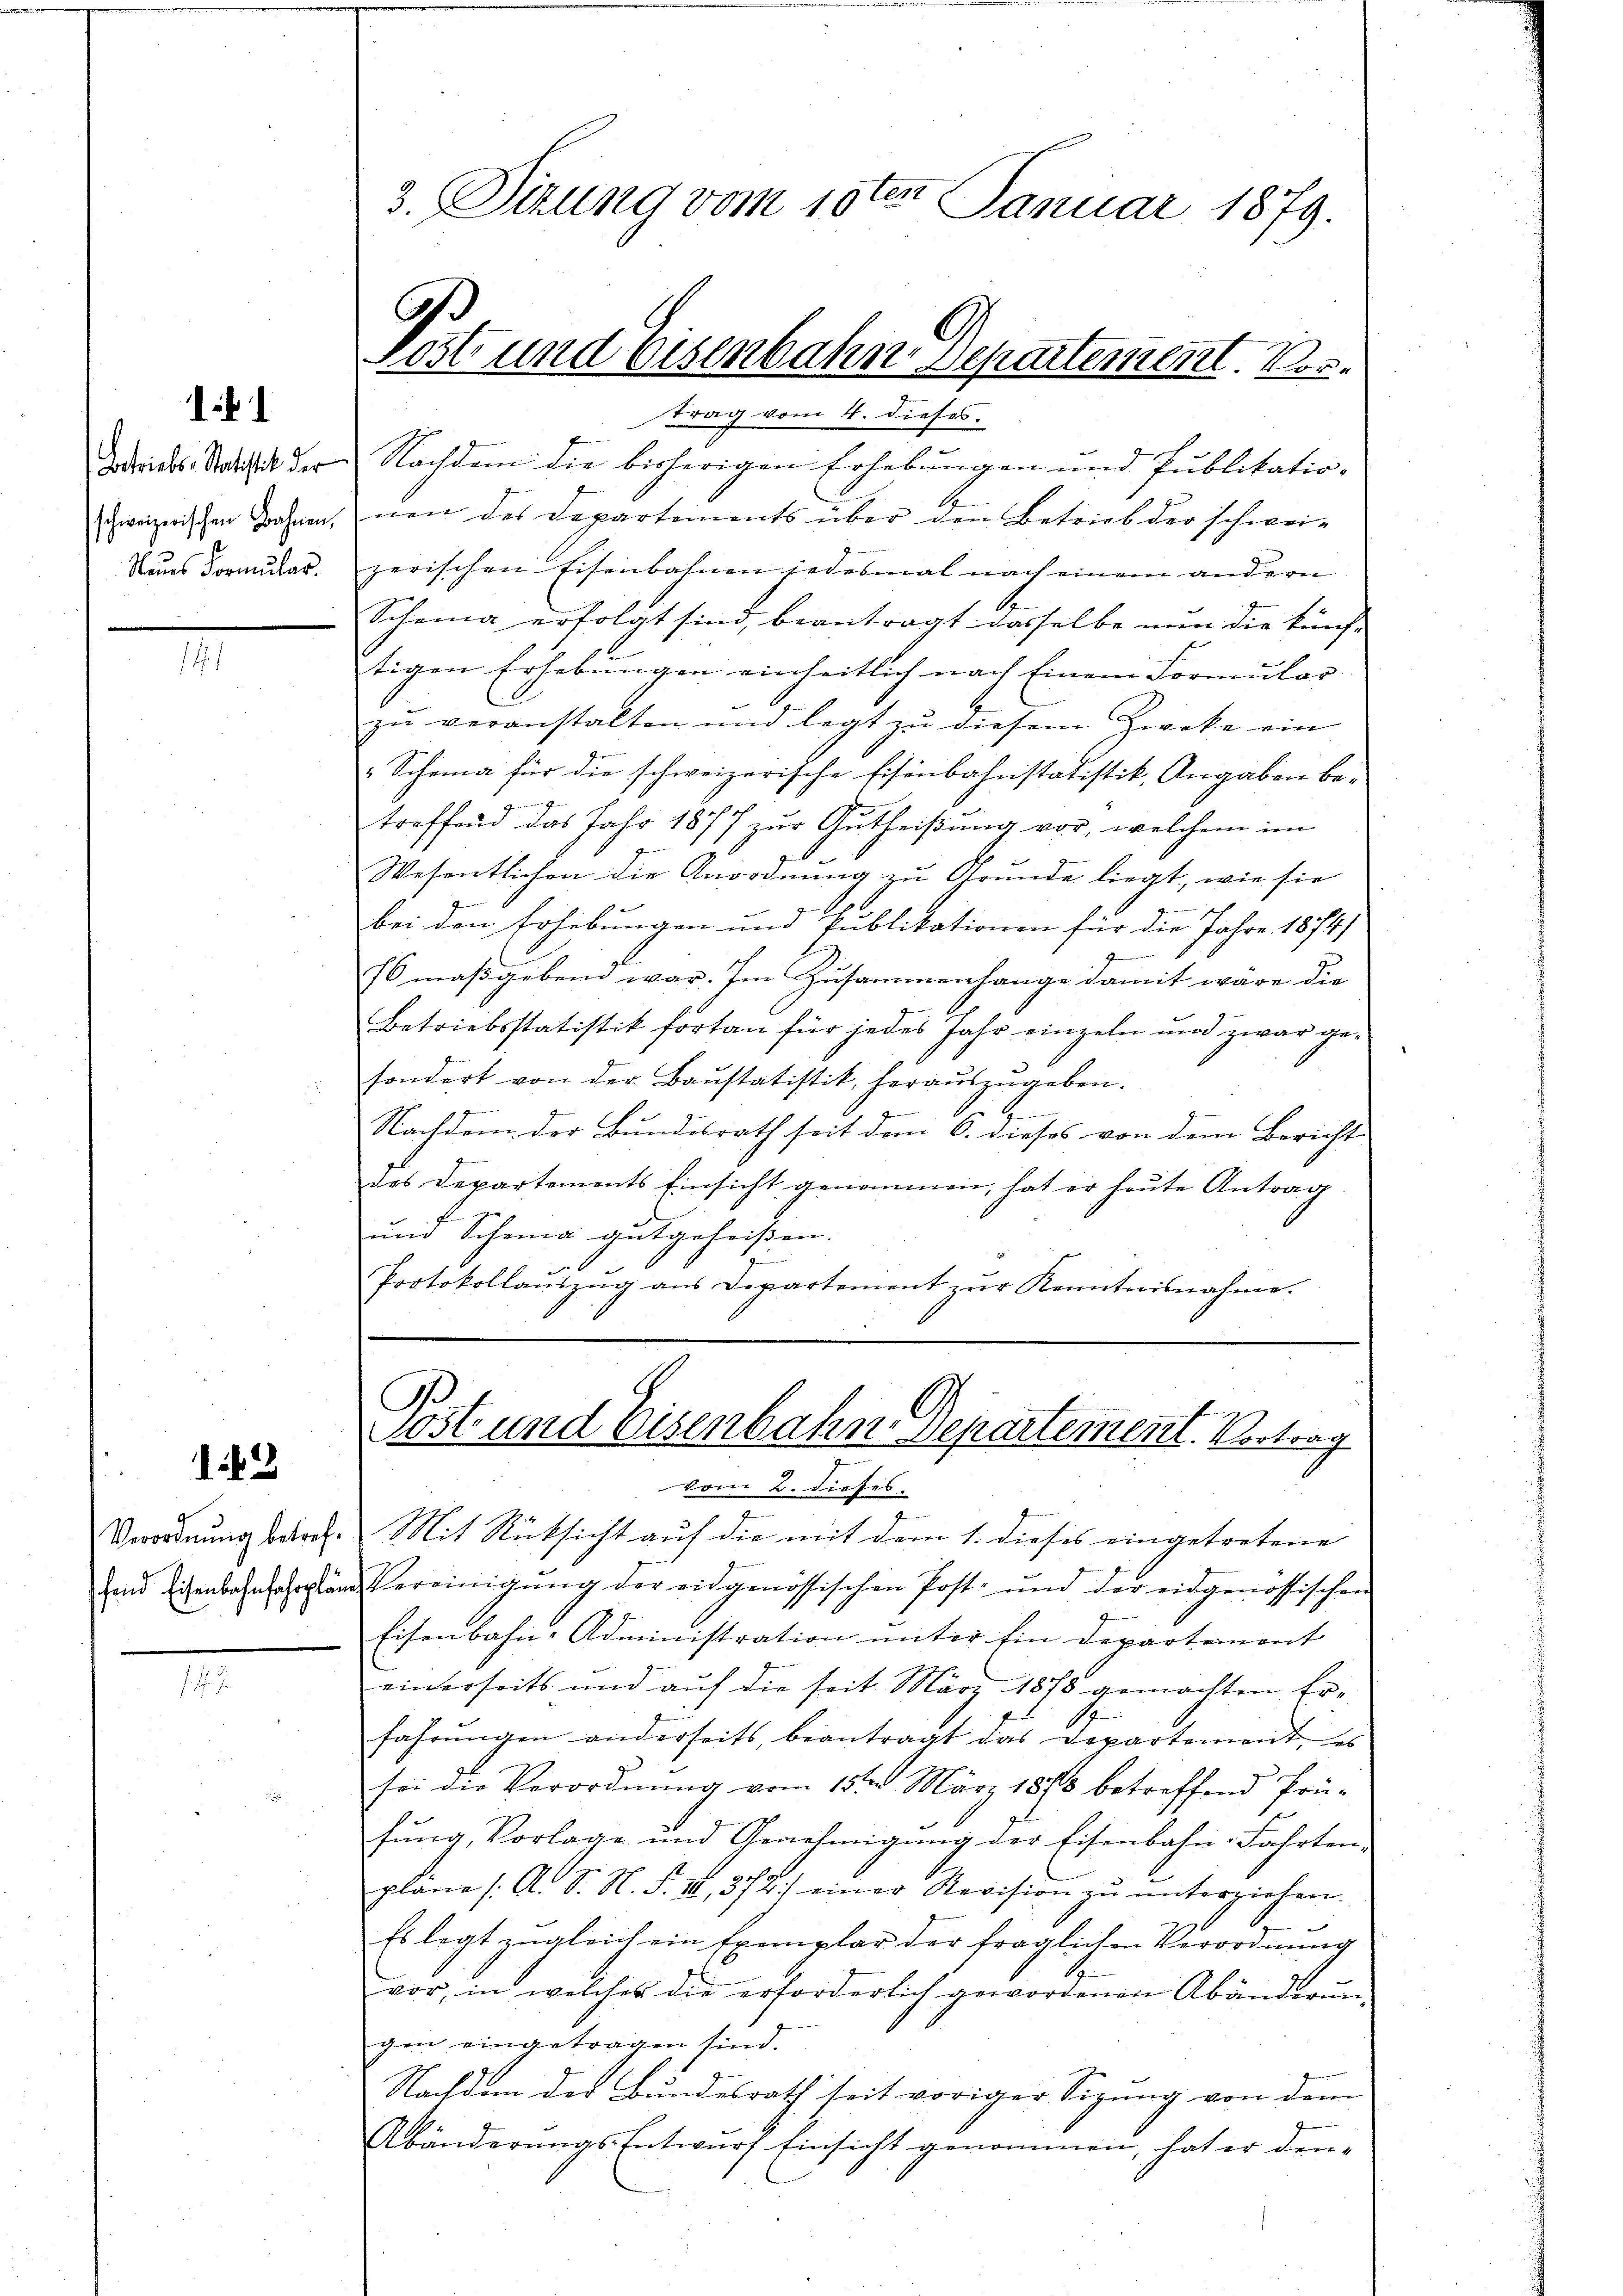
11

Betriebs-Statistik der
schweizerischen Bahnen,
Neues Formular.

.

142

Verordnung betref¬

3. Sizung vom 10ten Januar 1879.
C
Post und Eisenbahn. Separtement. Vor¬

Nachdem die bisherigen Erhebungen und Publikatio-
nen des Departements über den Betrieb der schweizerischen Eisenbahnen jedesmal nach einem andern
Scheina erfolgt sind, beantragt dasselbe nun die künf-
tigen Erhebungen einheitlich nach Einem Formular
zŭ veranstalten und legt zu diesem Zweke ein
Schema für die schweizerische Eisenbahnstatistik, Angaben betreffend das Jahr 1877 zur Gutheißung vor, welchem im
9
Wesentlichen die Anordnung zu Grunde liegt, wie sie
g
bei den Erhebungen und Publikationen für die Jahre 1874)
76 maßgebend war. Im Zusammenhange damit wäre die
Betriebsstatistik fortan für jedes Jahr einzeln und zwar gesondert von der Baŭstatistik, heraŭszŭgeben.
.
Nachdem der Bundesrath seit dem 6. dieses von dem Bericht
das Departements Einsicht genommen, hat er heute Antrag.
und Schema gutgeheißen.
Protokollaŭszŭg aŭs Departement zŭr Kenntnisnahme.

trag vom 4. dieses.

Post und Eisenbahn Departement. Vertrag
vom 2. dieses.

Mit Rücksicht auf die mit dem 1. dieses eingetretene
nd an Vereinigŭng der eidgenössischen Post- und der eidgenössischen
Eisenbahn-Administration unter Ein Departement
einerseits und auf die seit März 1875 gemachten Erfahrungen anderseits, beantragt das Departement, es
sei die Verordnung vom 15ten März 1878 betreffend Prüfŭng, Vorlage und Genehmigŭng der Eisenbahn-Fahrten-
pläne /: A. S. N. F. III 372) einer Revision zŭ ŭnterziehen.
Es legt zugleich ein Exemplar der fraglichen Verordnung
vor, in welches die erforderlich gewordenen Abänderun-
gen eingetragen sind.
Nachdem des Bundesrath seit voriger Sizung von dem
Abänderungs-Entwurf Einsicht genommen, hat er den-